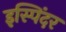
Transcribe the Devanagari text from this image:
इस्पिंदर